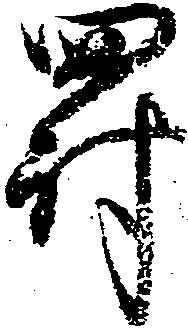
罰